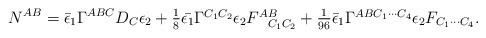
\begin{align*}N^{AB}=\bar{\epsilon}_1\Gamma^{ABC}D_C\epsilon_2+\textstyle{1\over 8}\bar{\epsilon_1}\Gamma^{C_1C_2}\epsilon_2F^{AB}_{\ \ C_1C_2}+\textstyle{1\over{96}}\bar{\epsilon}_1\Gamma^{ABC_1\cdots C_4}\epsilon_2F_{C_1\cdots C_4}.\end{align*}